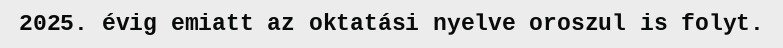
2025. évig emiatt az oktatási nyelve oroszul is folyt.